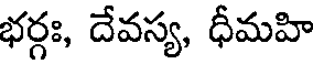
భర్గః, దేవస్య, ధీమహి